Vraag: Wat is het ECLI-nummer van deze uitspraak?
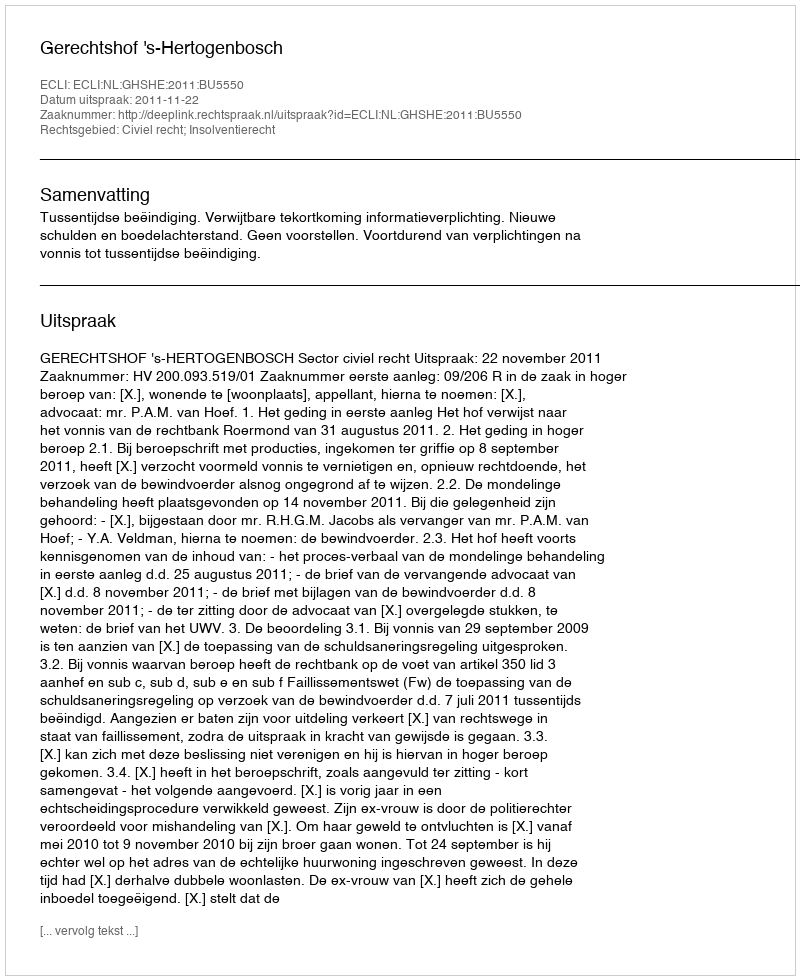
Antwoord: ECLI:NL:GHSHE:2011:BU5550